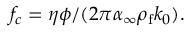
f _ { c } = \eta \phi / ( 2 \pi \alpha _ { \infty } \rho _ { \mathrm { f } } k _ { 0 } ) .